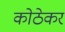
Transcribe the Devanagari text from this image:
कोठेकर